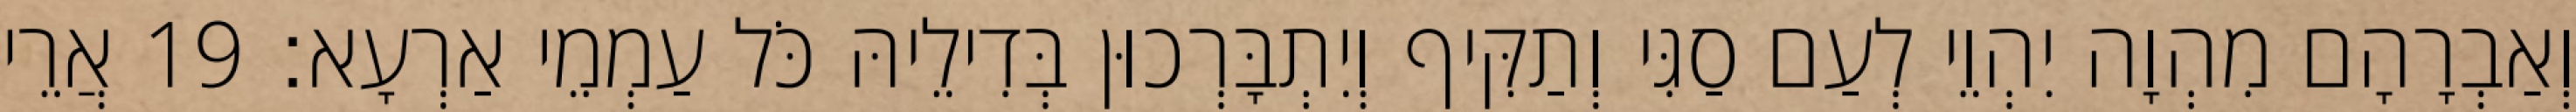
וְאַבְרָהָם מִהְוָה יִהְוֵי לְעַם סַגִּי וְתַקִּיף וְיִתְבָּרְכוּן בְּדִילֵיהּ כֹּל עַמְמֵי אַרְעָא׃ 19 אֲרֵי